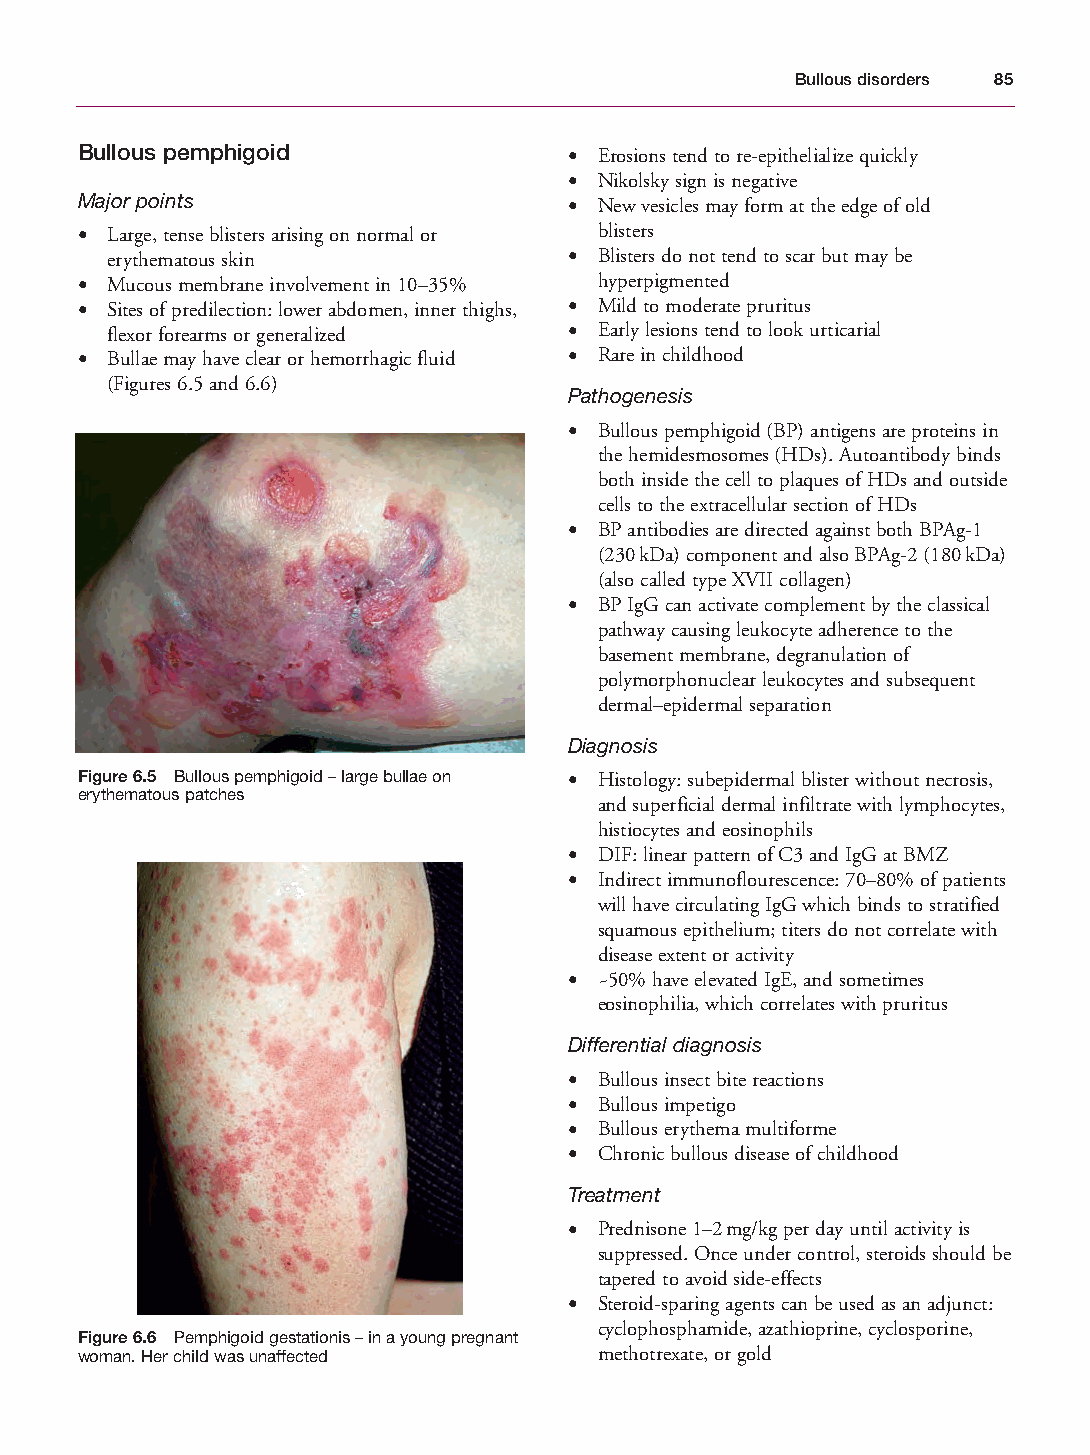
Mallory Chapter 06 27/1/05 1:45 pm Page 85
 Bullous disorders 85
 Bullous pemphigoid               • Erosions tend to re-epithelialize quickly
 • Nikolsky sign is negative
 Major points                     • New vesicles may form at the edge of old
 • Large, tense blisters arising on normal or blisters
 erythematous skin              • Blisters do not tend to scar but may be
 • Mucous membrane involvement in 10–35% hyperpigmented
 • Sites of predilection: lower abdomen, inner thighs, • Mild to moderate pruritus
 flexor forearms or generalized • Early lesions tend to look urticarial
 • Bullae may have clear or hemorrhagic fluid • Rare in childhood
 (Figures 6.5 and 6.6)
 Pathogenesis
 • Bullous pemphigoid (BP) antigens are proteins in
 the hemidesmosomes (HDs). Autoantibody binds
 both inside the cell to plaques of HDs and outside
 cells to the extracellular section of HDs
 • BP antibodies are directed against both BPAg-1
 (230kDa) component and also BPAg-2 (180kDa)
 (also called type XVII collagen)
 • BP IgG can activate complement by the classical
 pathway causing leukocyte adherence to the
 basement membrane, degranulation of
 polymorphonuclear leukocytes and subsequent
 dermal–epidermal separation
 Diagnosis
 Figure 6.5 Bullous pemphigoid – large bullae on • Histology: subepidermal blister without necrosis,
 erythematous patches
 and superficial dermal infiltrate with lymphocytes,
 histiocytes and eosinophils
 • DIF: linear pattern of C3 and IgG at BMZ
 • Indirect immunoflourescence: 70–80% of patients
 will have circulating IgG which binds to stratified
 squamous epithelium; titers do not correlate with
 disease extent or activity
 • ~50% have elevated IgE, and sometimes
 eosinophilia, which correlates with pruritus
 Differential diagnosis
 • Bullous insect bite reactions
 • Bullous impetigo
 • Bullous erythema multiforme
 • Chronic bullous disease of childhood
 Treatment
 • Prednisone 1–2mg/kg per day until activity is
 suppressed. Once under control, steroids should be
 tapered to avoid side-effects
 • Steroid-sparing agents can be used as an adjunct:
 cyclophosphamide, azathioprine, cyclosporine,
 Figure 6.6 Pemphigoid gestationis – in a young pregnant
 woman. Her child was unaffected    methotrexate, or gold